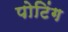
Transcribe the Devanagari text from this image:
पोटिंग